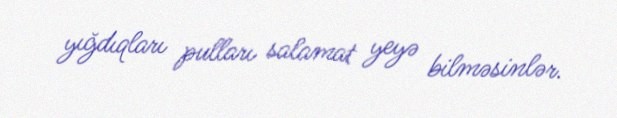
yığdıqları pulları salamat yeyə bilməsinlər.